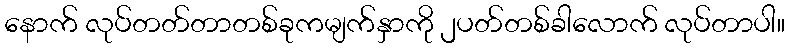
နောက် လုပ်တတ်တာတစ်ခုကမျက်နှာကို ၂ပတ်တစ်ခါလောက် လုပ်တာပါ။